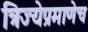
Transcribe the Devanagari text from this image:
त्रिज्येप्रमाणेच